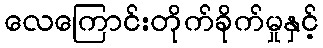
လေကြောင်းတိုက်ခိုက်မှုနှင့်